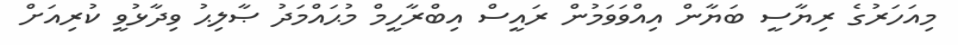
މިއަހަރުގެ ރިޔާސީ ބަޔާން އިއްވަވަމުން ރައީސް އިބްރާހީމް މުޙައްމަދު ޞާލިޙު ވިދާޅުވީ ކުރިއަށް